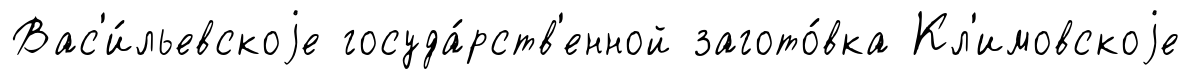
Вас'и́льевскоjе госуда́рств'енной загото́вка Кл'имовскоjе